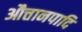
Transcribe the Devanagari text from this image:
औत्तानपादि